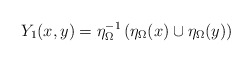
\begin{align*}Y_1(x,y) = \eta_\Omega^{-1}\left(\eta_\Omega(x)\cup \eta_\Omega(y)\right)\end{align*}